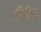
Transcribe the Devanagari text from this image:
सिरिज़